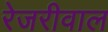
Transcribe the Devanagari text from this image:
रेजरीवाल